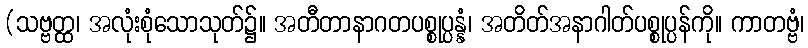
(သဗ္ဗတ္ထ၊ အလုံးစုံသောသုတ်၌။ အတီတာနာဂတပစ္စုပ္ပန္နံ၊ အတိတ်အနာဂါတ်ပစ္စုပ္ပန်ကို။ ကာတဗ္ဗံ၊